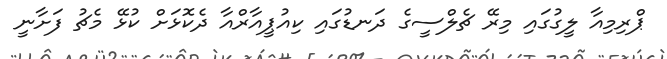
ޕްރިމިއާ ލީގުގައި މިރޭ ޗެލްސީގެ ދަނޑުގައި ކިއުޕީއާރްއާ ދެކޮޅަށް ކުޅޭ މެޗު ފަށާނީ